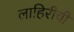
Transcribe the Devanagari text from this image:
लाहिरीची